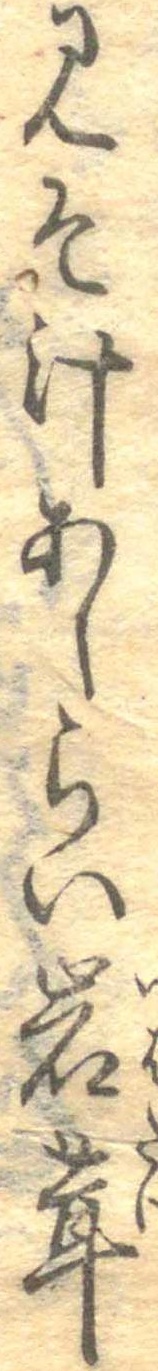
みそ汁あしらい岩茸